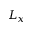
L _ { x }